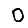
Digit: 0